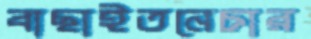
বাছাইতনেচার